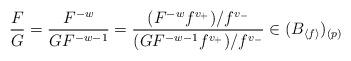
LaTeX: \begin{align*} \frac{F}{G}=\frac{F^{-w}}{GF^{-w-1}}= \frac{(F^{-w}f^{v_+})/f^{v_-}}{(GF^{-w-1}f^{v_+}) /f^{v_-}}\in (B_{\langle f \rangle})_{(p)} \end{align*}